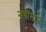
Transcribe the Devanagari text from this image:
नरीमान